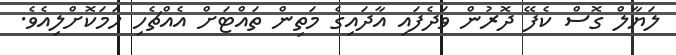
ލަޔާލް ގޮސް ކެފޭ ދޮރުން ވަދެފައި އާދައިގެ މަތިން ތައްޓަށް އެއްޗެހި ހަމަކޮށްލިއެވެ.